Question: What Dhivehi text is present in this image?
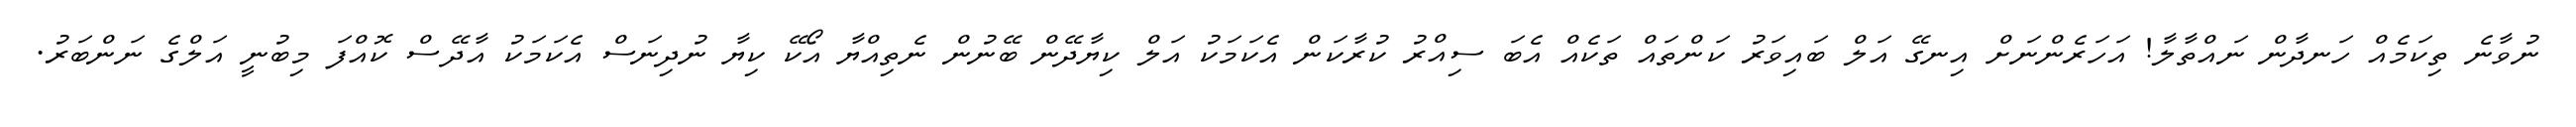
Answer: ނުވާނެ ތިކަމެއް ހަނދާން ނައްތާލާ! އަހަރެންނަށް އިނގޭ އަލް ބައިވަރު ކަންތައް ތަކެއް އެބަ ސިއްރު ކުރާކަން އެކަމަކު އަލް ކިޔާދޭން ބޭނުން ނެތިއްޔާ އޯކޭ ކިޔާ ނުދިނަސް އެކަމަކު އާދޭސް ކޮއްފަ މިބުނީ އަލްގެ ނަންބަރު.